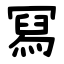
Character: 冩